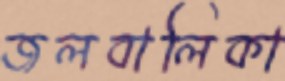
জলবালিকা